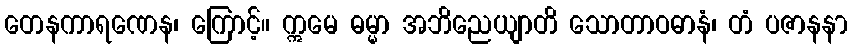
တေနကာရဏေန၊ ကြောင့်။ ဣမေ ဓမ္မာ အဘိညေယျာတိ သောတာဝဓာနံ၊ တံ ပဇာနနာ